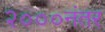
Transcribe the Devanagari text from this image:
२०००नंतर